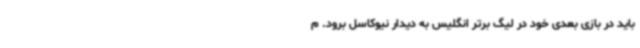
باید در بازی بعدی خود در لیگ برتر انگلیس به دیدار نیوکاسل برود. م